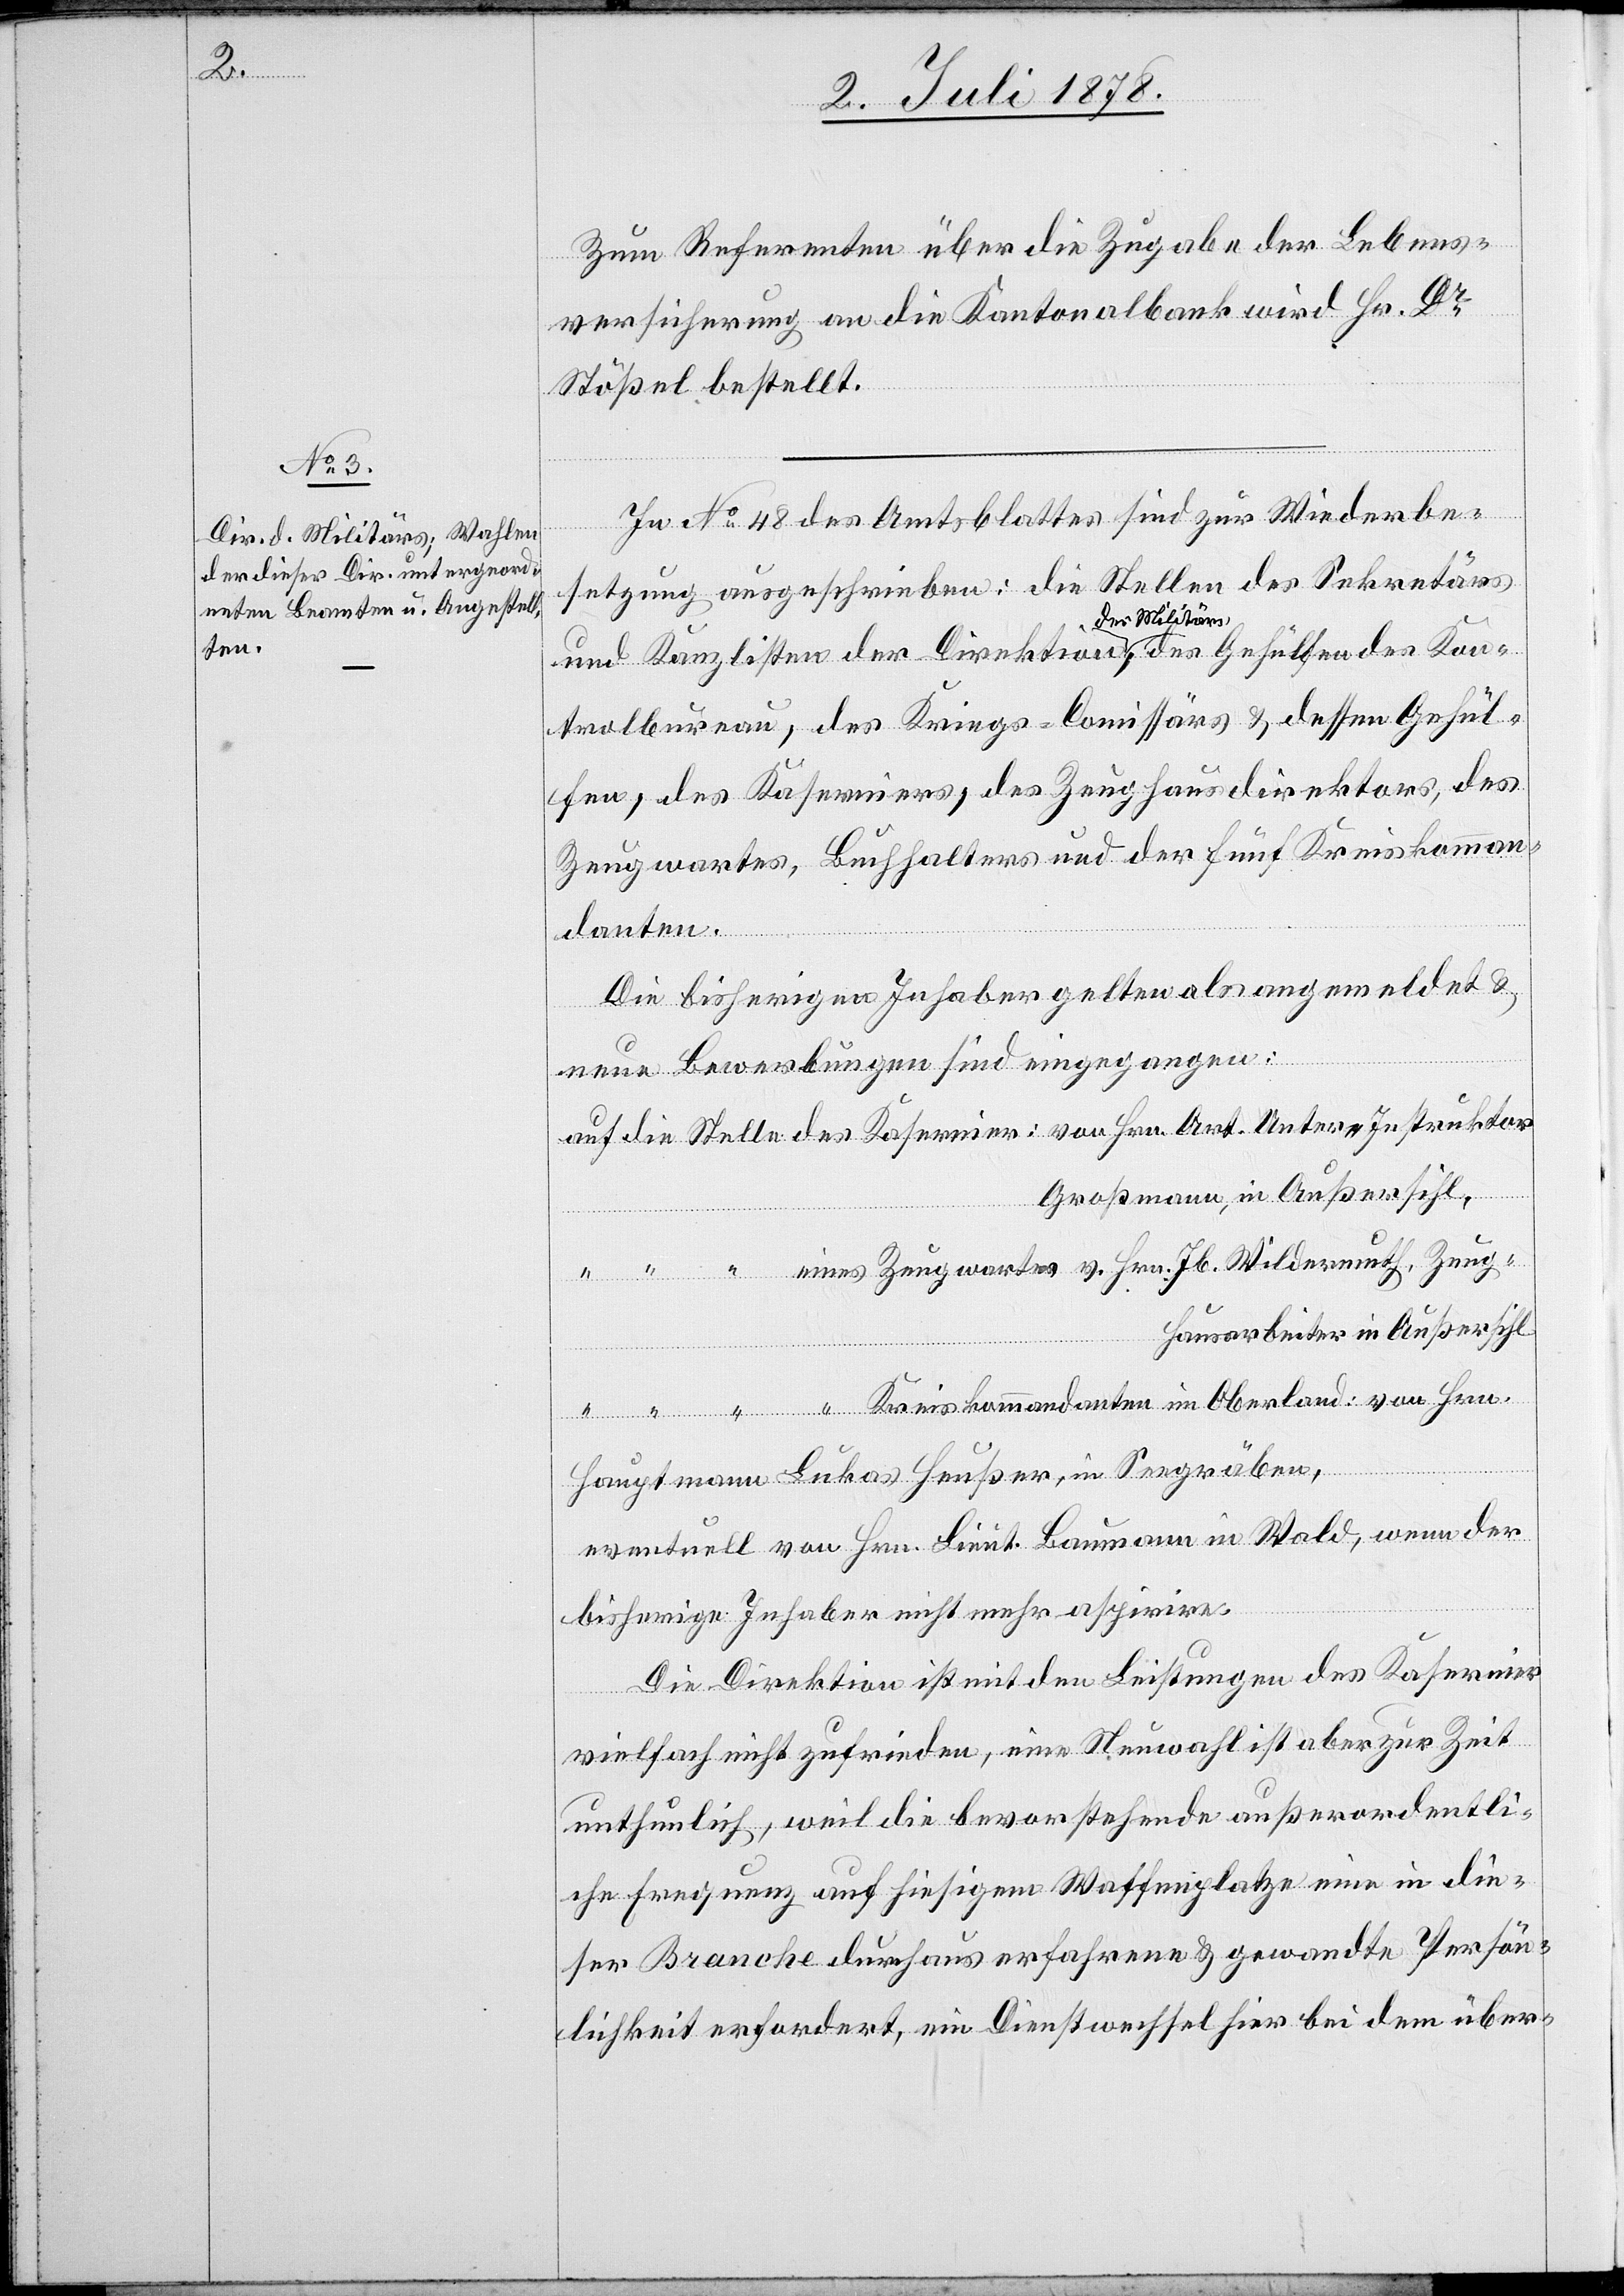
Kon¬
Zum Referenten über die Zugabe der Lebens¬
versicherung an die Kantonalbank wird Hr. Dr
Stößel bestellt.
In No 48 des Amtsblattes sind zur Wiederbe¬
setzung ausgeschrieben: die Stellen des Sekretärs
und Kanzlisten der Direktion des Militärs, des Geh¬
trolbureau, des Kriegs-Comissärs & dessen Gehül¬
fen, des Kaserniers, des Zeughausdirektors, des
Zeugwartes, Buchhalters und der fünf Kreiskomman¬
danten.
Die bisherigen Inhaber gelten als angemeldet &
neue Bewerbungen sind eingegangen:
auf die Stelle des Kasernier: von Hr. Art. Unter, Instruktor
Großmann, in Außersihl
“ “ “ eines Zeugwartes v. Hrn. Jb. Wildermuth, Zeug¬
hausarbeiter in Außersihl
“ “ “ Kreiskommandanten im Oberland: von Hrn.
Hauptmann Lukas Heußer, in Seegräben,
eventuell von Hrn. Lieut. Baumann in Wald, wenn der
bisherige Inhaber nicht mehr aspirire.
Die Direktion ist mit den Leistungen des Kasernier
vielfach nicht zufrieden, eine Neuwahl ist aber zur Zeit
unthunlich, weil die bevorstehende außerordentli¬
che Erregung auf hiesigem Waffenplatze eine in die¬
ser Branche durchaus erfahrene & gewandte Persön¬
lichkeit erfordert, ein Dienstwechsel hier bei dem über-